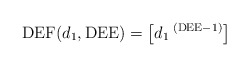
\begin{align*}\mathrm{DEF}(d_1,\mathrm{DEE}) = \left[d_1\:^{\left(\mathrm{DEE-1}\right)}\right]\end{align*}